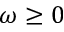
\omega \geq 0